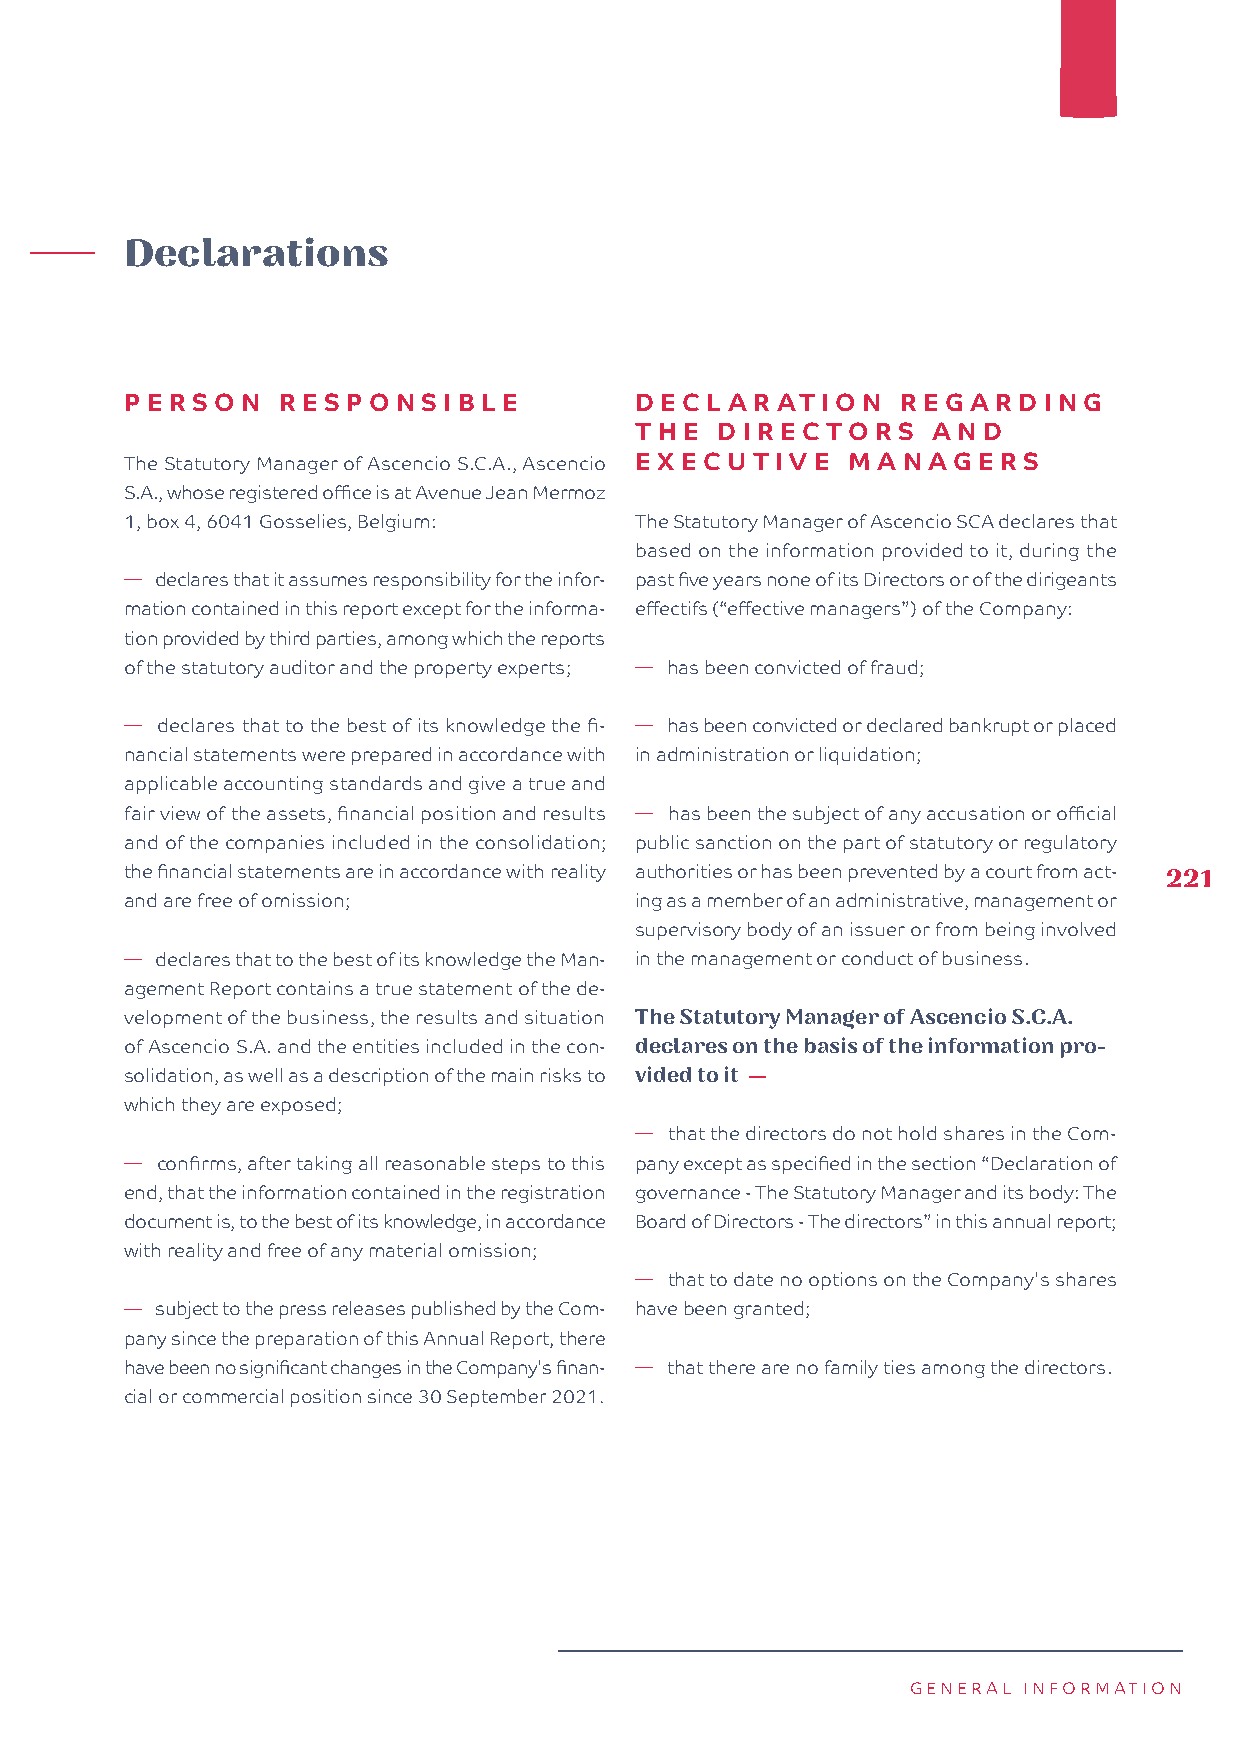
Declarations
 PERSON    RESPONSIBLE             DECL  AR ATI ON   REGARDI   NG
 THE  DIREC   TO RS  AND
 The Statutory Manager of Ascencio S.C.A., Ascencio EXEC UTI VE MANAGERS
 S.A., whose registered office is at Avenue Jean Mermoz
 1, box 4, 6041 Gosselies, Belgium: The Statutory Manager of Ascencio SCA declares that
 based on the information provided to it, during the
 � declares that it assumes responsibility for the infor- past five years none of its Directors or of the dirigeants
 mation contained in this report except for the informa- effectifs (“effective managers”) of the Company:
 tion provided by third parties, among which the reports
 of the statutory auditor and the property experts; � has been convicted of fraud;
 � declares that to the best of its knowledge the fi- � has been convicted or declared bankrupt or placed
 nancial statements were prepared in accordance with in administration or liquidation;
 applicable accounting standards and give a true and
 fair view of the assets, financial position and results � has been the subject of any accusation or official
 and of the companies included in the consolidation; public sanction on the part of statutory or regulatory
 the financial statements are in accordance with reality authorities or has been prevented by a court from act- 221
 and are free of omission;         ing as a member of an administrative, management or
 supervisory body of an issuer or from being involved
 � declares that to the best of its knowledge the Man- in the management or conduct of business.
 agement Report contains a true statement of the de-
 velopment of the business, the results and situation The Statutory Manager of Ascencio S.C.A.
 of Ascencio S.A. and the entities included in the con- declares on the basis of the information pro-
 solidation, as well as a description of the main risks to vided to it —
 which they are exposed;
 � that the directors do not hold shares in the Com-
 � confirms, after taking all reasonable steps to this pany except as specified in the section “Declaration of
 end, that the information contained in the registration governance - The Statutory Manager and its body: The
 document is, to the best of its knowledge, in accordance Board of Directors - The directors” in this annual report;
 with reality and free of any material omission;
 � that to date no options on the Company's shares
 � subject to the press releases published by the Com- have been granted;
 pany since the preparation of this Annual Report, there
 have been no significant changes in the Company's finan- � that there are no family ties among the directors.
 cial or commercial position since 30 September 2021.
 GENERAL INFORMATION